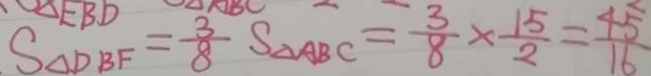
S _ { \Delta D B F } = \frac { 3 } { 8 } S _ { \Delta A B C } = \frac { 3 } { 8 } \times \frac { 1 5 } { 2 } = \frac { 4 5 } { 1 6 }